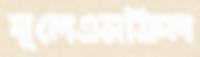
স্থলেএমফিল